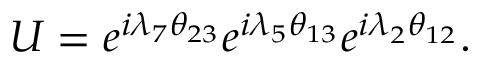
U = e ^ { i \lambda _ { 7 } \theta _ { 2 3 } } e ^ { i \lambda _ { 5 } \theta _ { 1 3 } } e ^ { i \lambda _ { 2 } \theta _ { 1 2 } } .